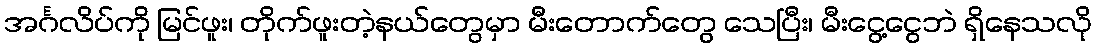
အင်္ဂလိပ်ကို မြင်ဖူး၊ တိုက်ဖူးတဲ့နယ်တွေမှာ မီးတောက်တွေ သေပြီး၊ မီးငွေ့ငွေဘဲ ရှိနေသလို